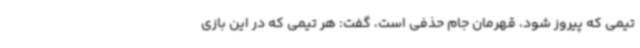
تیمی که پیروز شود، قهرمان جام حذفی است، گفت: هر تیمی که در این بازی